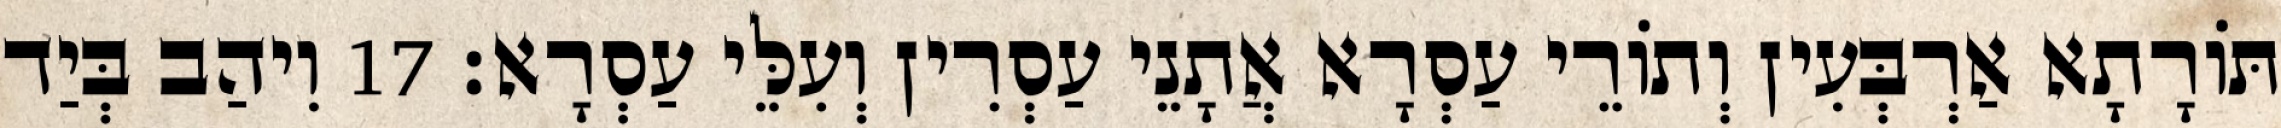
תּוֹרָתָא אַרְבְּעִין וְתוֹרֵי עַסְרָא אֲתָנֵי עַסְרִין וְעִלֵּי עַסְרָא׃ 17 וִיהַב בְּיַד